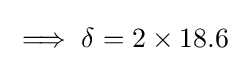
{\textstyle \implies \delta =2\times 18.6}